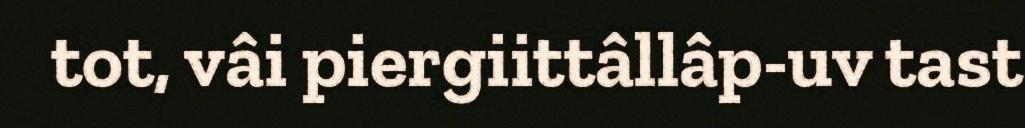
tot, vâi piergiittâllâp-uv tast